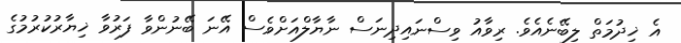
އެ ޚިދުމަތް ލިބޭނެއެވެ. ރިވާއު ވިސްނައިދިނަސް ނާޔާލްއަށްވެސް އޭނަ ބޭނުންވާ ފަރުވާ ޚިޔާރުކުރުމުގެ